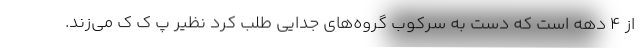
از ۴ دهه است که دست به سرکوب گروه­های جدایی طلب کرد نظیر پ ک ک می­زند.